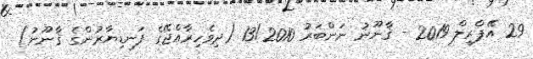
29 އޭޕްރީލް 2019 - ޤާނޫނު ނަންބަރު 13/2010 (ދިވެހިރާއްޖޭގެ ފަނޑިޔާރުންގެ ޤާނޫނު)